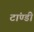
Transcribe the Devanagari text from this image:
टांण्डी